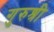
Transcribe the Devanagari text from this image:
गुरुश्री